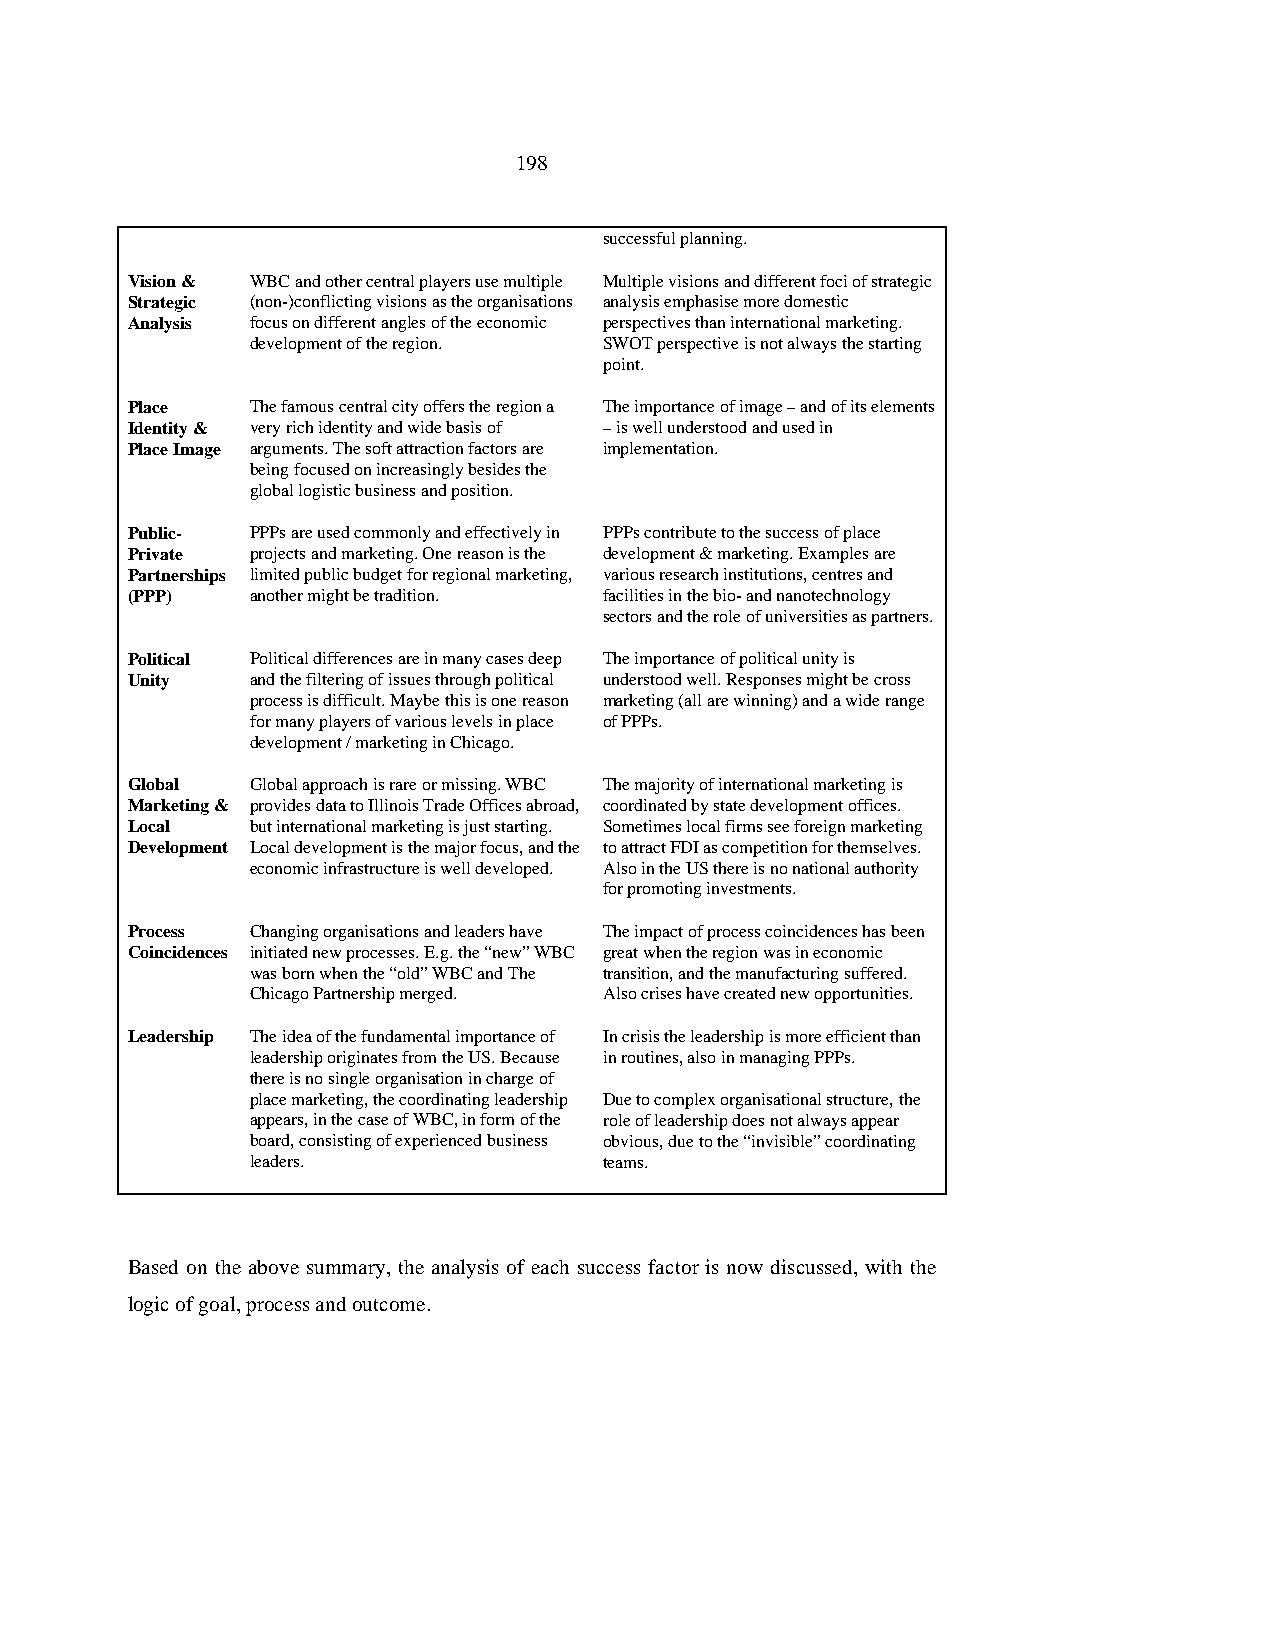
198
 successful planning.
 Vision & WBC and other central players use multiple Multiple visions and different foci of strategic
 Strategic (non-)conflicting visions as the organisations analysis emphasise more domestic
 Analysis focus on different angles of the economic perspectives than international marketing.
 development of the region. SWOT perspective is not always the starting
 point.
 Place    The famous central city offers the region a The importance of image – and of its elements
 Identity & very rich identity and wide basis of – is well understood and used in
 Place Image arguments. The soft attraction factors are implementation.
 being focused on increasingly besides the
 global logistic business and position.
 Public-  PPPs are used commonly and effectively in PPPs contribute to the success of place
 Private  projects and marketing. One reason is the development & marketing. Examples are
 Partnerships limited public budget for regional marketing, various research institutions, centres and
 (PPP)    another might be tradition. facilities in the bio- and nanotechnology
 sectors and the role of universities as partners.
 Political Political differences are in many cases deep The importance of political unity is
 Unity    and the filtering of issues through political understood well. Responses might be cross
 process is difficult. Maybe this is one reason marketing (all are winning) and a wide range
 for many players of various levels in place of PPPs.
 development / marketing in Chicago.
 Global   Global approach is rare or missing. WBC The majority of international marketing is
 Marketing & provides data to Illinois Trade Offices abroad, coordinated by state development offices.
 Local    but international marketing is just starting. Sometimes local firms see foreign marketing
 Development Local development is the major focus, and the to attract FDI as competition for themselves.
 economic infrastructure is well developed. Also in the US there is no national authority
 for promoting investments.
 Process  Changing organisations and leaders have The impact of process coincidences has been
 Coincidences initiated new processes. E.g. the “new” WBC great when the region was in economic
 was born when the “old” WBC and The transition, and the manufacturing suffered.
 Chicago Partnership merged. Also crises have created new opportunities.
 Leadership The idea of the fundamental importance of In crisis the leadership is more efficient than
 leadership originates from the US. Because in routines, also in managing PPPs.
 there is no single organisation in charge of
 place marketing, the coordinating leadership Due to complex organisational structure, the
 appears, in the case of WBC, in form of the role of leadership does not always appear
 board, consisting of experienced business obvious, due to the “invisible” coordinating
 leaders.               teams.
 Based on the above summary, the analysis of each success factor is now discussed, with the
 logic of goal, process and outcome.